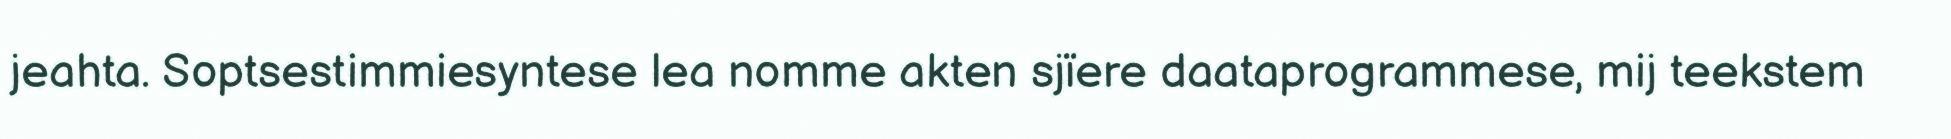
jeahta. Soptsestimmiesyntese lea nomme akten sjïere daataprogrammese, mij teekstem